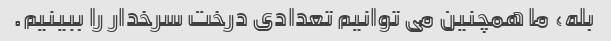
بله، ما همچنین می توانیم تعدادی درخت سرخدار را ببینیم.